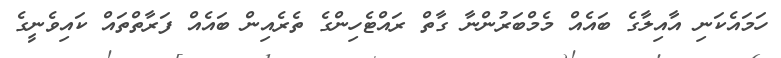
ހަމައެކަނި އާއިލާގެ ބައެއް މެމްބަރުންނާ ގާތް ރައްޓެހިންގެ ތެރެއިން ބައެއް ފަރާތްތައް ކައިވެނީގެ